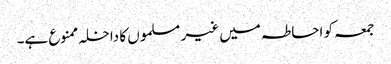
جمعہ کو احاطہ میں غیر مسلموں کا داخلہ ممنوع ہے۔